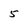
Character: 5